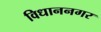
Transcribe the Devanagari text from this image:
विधाननगर